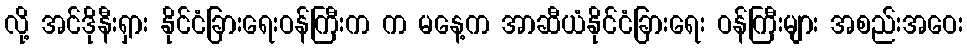
လို့ အင်ဒိုနီးရှား နိုင်ငံခြားရေးဝန်ကြီးက က မနေ့က အာဆီယံနိုင်ငံခြားရေး ဝန်ကြီးများ အစည်းအဝေး